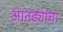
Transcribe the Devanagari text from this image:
आतड्यांचा